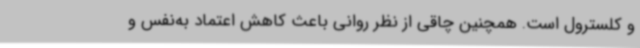
و کلسترول است. همچنین چاقی از نظر روانی باعث کاهش اعتماد به‌نفس و